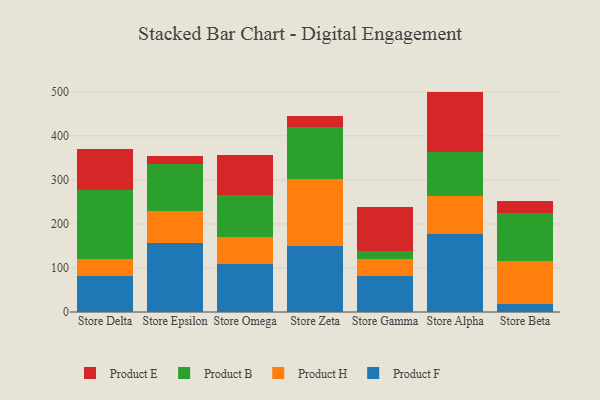
{"axis": {"x": "Store", "y": "LTV (USD)"}, "legend": ["Product B", "Product E", "Product F", "Product H"], "data": [{"x": "Store Delta", "y": 80.8, "type": "Product F"}, {"x": "Store Delta", "y": 40.0, "type": "Product H"}, {"x": "Store Delta", "y": 156.8, "type": "Product B"}, {"x": "Store Delta", "y": 92.7, "type": "Product E"}, {"x": "Store Epsilon", "y": 157.7, "type": "Product F"}, {"x": "Store Epsilon", "y": 71.9, "type": "Product H"}, {"x": "Store Epsilon", "y": 107.0, "type": "Product B"}, {"x": "Store Epsilon", "y": 17.6, "type": "Product E"}, {"x": "Store Omega", "y": 109.8, "type": "Product F"}, {"x": "Store Omega", "y": 60.4, "type": "Product H"}, {"x": "Store Omega", "y": 95.9, "type": "Product B"}, {"x": "Store Omega", "y": 89.9, "type": "Product E"}, {"x": "Store Zeta", "y": 150.4, "type": "Product F"}, {"x": "Store Zeta", "y": 151.5, "type": "Product H"}, {"x": "Store Zeta", "y": 117.2, "type": "Product B"}, {"x": "Store Zeta", "y": 25.3, "type": "Product E"}, {"x": "Store Gamma", "y": 82.6, "type": "Product F"}, {"x": "Store Gamma", "y": 38.3, "type": "Product H"}, {"x": "Store Gamma", "y": 16.7, "type": "Product B"}, {"x": "Store Gamma", "y": 101.9, "type": "Product E"}, {"x": "Store Alpha", "y": 176.6, "type": "Product F"}, {"x": "Store Alpha", "y": 86.0, "type": "Product H"}, {"x": "Store Alpha", "y": 101.3, "type": "Product B"}, {"x": "Store Alpha", "y": 136.6, "type": "Product E"}, {"x": "Store Beta", "y": 18.0, "type": "Product F"}, {"x": "Store Beta", "y": 97.6, "type": "Product H"}, {"x": "Store Beta", "y": 109.3, "type": "Product B"}, {"x": "Store Beta", "y": 27.2, "type": "Product E"}]}